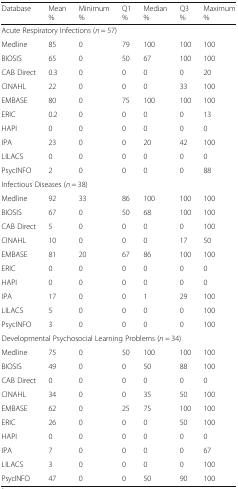
<table><thead><tr><td><b>Database</b></td><td><b>Mean %</b></td><td><b>Minimum %</b></td><td><b>Q1 %</b></td><td><b>Median %</b></td><td><b>Q3 %</b></td><td><b>Maximum %</b></td></tr></thead><tbody><tr><td colspan="7">Acute Respiratory Infections (<i>n</i> = 57)</td></tr><tr><td>Medline</td><td>85</td><td>0</td><td>79</td><td>100</td><td>100</td><td>100</td></tr><tr><td>BIOSIS</td><td>65</td><td>0</td><td>50</td><td>67</td><td>100</td><td>100</td></tr><tr><td>CAB Direct</td><td>0.3</td><td>0</td><td>0</td><td>0</td><td>0</td><td>20</td></tr><tr><td>CINAHL</td><td>22</td><td>0</td><td>0</td><td>0</td><td>33</td><td>100</td></tr><tr><td>EMBASE</td><td>80</td><td>0</td><td>75</td><td>100</td><td>100</td><td>100</td></tr><tr><td>ERIC</td><td>0.2</td><td>0</td><td>0</td><td>0</td><td>0</td><td>13</td></tr><tr><td>HAPI</td><td>0</td><td>0</td><td>0</td><td>0</td><td>0</td><td>0</td></tr><tr><td>IPA</td><td>23</td><td>0</td><td>0</td><td>20</td><td>42</td><td>100</td></tr><tr><td>LILACS</td><td>0</td><td>0</td><td>0</td><td>0</td><td>0</td><td>0</td></tr><tr><td>PsycINFO</td><td>2</td><td>0</td><td>0</td><td>0</td><td>0</td><td>88</td></tr><tr><td colspan="7">Infectious Diseases (<i>n</i> = 38)</td></tr><tr><td>Medline</td><td>92</td><td>33</td><td>86</td><td>100</td><td>100</td><td>100</td></tr><tr><td>BIOSIS</td><td>67</td><td>0</td><td>50</td><td>68</td><td>100</td><td>100</td></tr><tr><td>CAB Direct</td><td>5</td><td>0</td><td>0</td><td>0</td><td>0</td><td>100</td></tr><tr><td>CINAHL</td><td>10</td><td>0</td><td>0</td><td>0</td><td>17</td><td>50</td></tr><tr><td>EMBASE</td><td>81</td><td>20</td><td>67</td><td>86</td><td>100</td><td>100</td></tr><tr><td>ERIC</td><td>0</td><td>0</td><td>0</td><td>0</td><td>0</td><td>0</td></tr><tr><td>HAPI</td><td>0</td><td>0</td><td>0</td><td>0</td><td>0</td><td>0</td></tr><tr><td>IPA</td><td>17</td><td>0</td><td>0</td><td>1</td><td>29</td><td>100</td></tr><tr><td>LILACS</td><td>5</td><td>0</td><td>0</td><td>0</td><td>0</td><td>100</td></tr><tr><td>PsycINFO</td><td>3</td><td>0</td><td>0</td><td>0</td><td>0</td><td>100</td></tr><tr><td colspan="7">Developmental Psychosocial Learning Problems (<i>n</i> = 34)</td></tr><tr><td>Medline</td><td>75</td><td>0</td><td>50</td><td>100</td><td>100</td><td>100</td></tr><tr><td>BIOSIS</td><td>49</td><td>0</td><td>0</td><td>50</td><td>88</td><td>100</td></tr><tr><td>CAB Direct</td><td>0</td><td>0</td><td>0</td><td>0</td><td>0</td><td>0</td></tr><tr><td>CINAHL</td><td>34</td><td>0</td><td>0</td><td>35</td><td>50</td><td>100</td></tr><tr><td>EMBASE</td><td>62</td><td>0</td><td>25</td><td>75</td><td>100</td><td>100</td></tr><tr><td>ERIC</td><td>26</td><td>0</td><td>0</td><td>0</td><td>50</td><td>100</td></tr><tr><td>HAPI</td><td>0</td><td>0</td><td>0</td><td>0</td><td>0</td><td>0</td></tr><tr><td>IPA</td><td>7</td><td>0</td><td>0</td><td>0</td><td>0</td><td>67</td></tr><tr><td>LILACS</td><td>3</td><td>0</td><td>0</td><td>0</td><td>0</td><td>100</td></tr><tr><td>PsycINFO</td><td>47</td><td>0</td><td>0</td><td>50</td><td>90</td><td>100</td></tr></tbody></table>